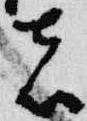
者